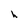
Character: h